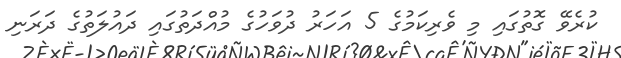
ކުރެވޭ ގޮތުގައި މި ވެރިކަމުގެ 5 އަހަރު ދުވަހުގެ މުއްދަތުގައި ދައުލަތުގެ ދަރަނި